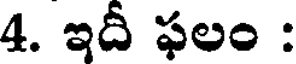
4. ఇదీ ఫలం :